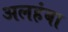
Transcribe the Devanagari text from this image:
अलहंबा